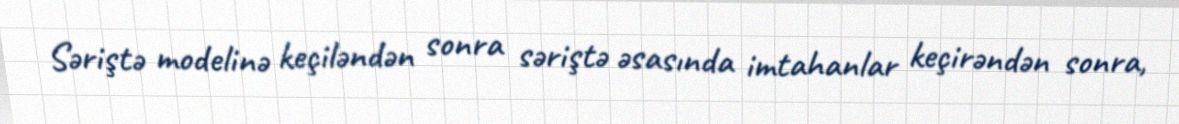
Səriştə modelinə keçiləndən sonra səriştə əsasında imtahanlar keçirəndən sonra,